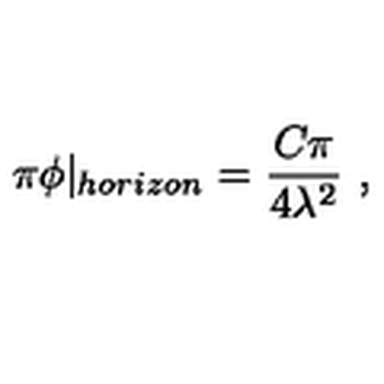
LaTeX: \pi \phi \vert _ { h o r i z o n } = \frac { C \pi } { 4 \lambda ^ { 2 } } \ ,